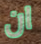
ان